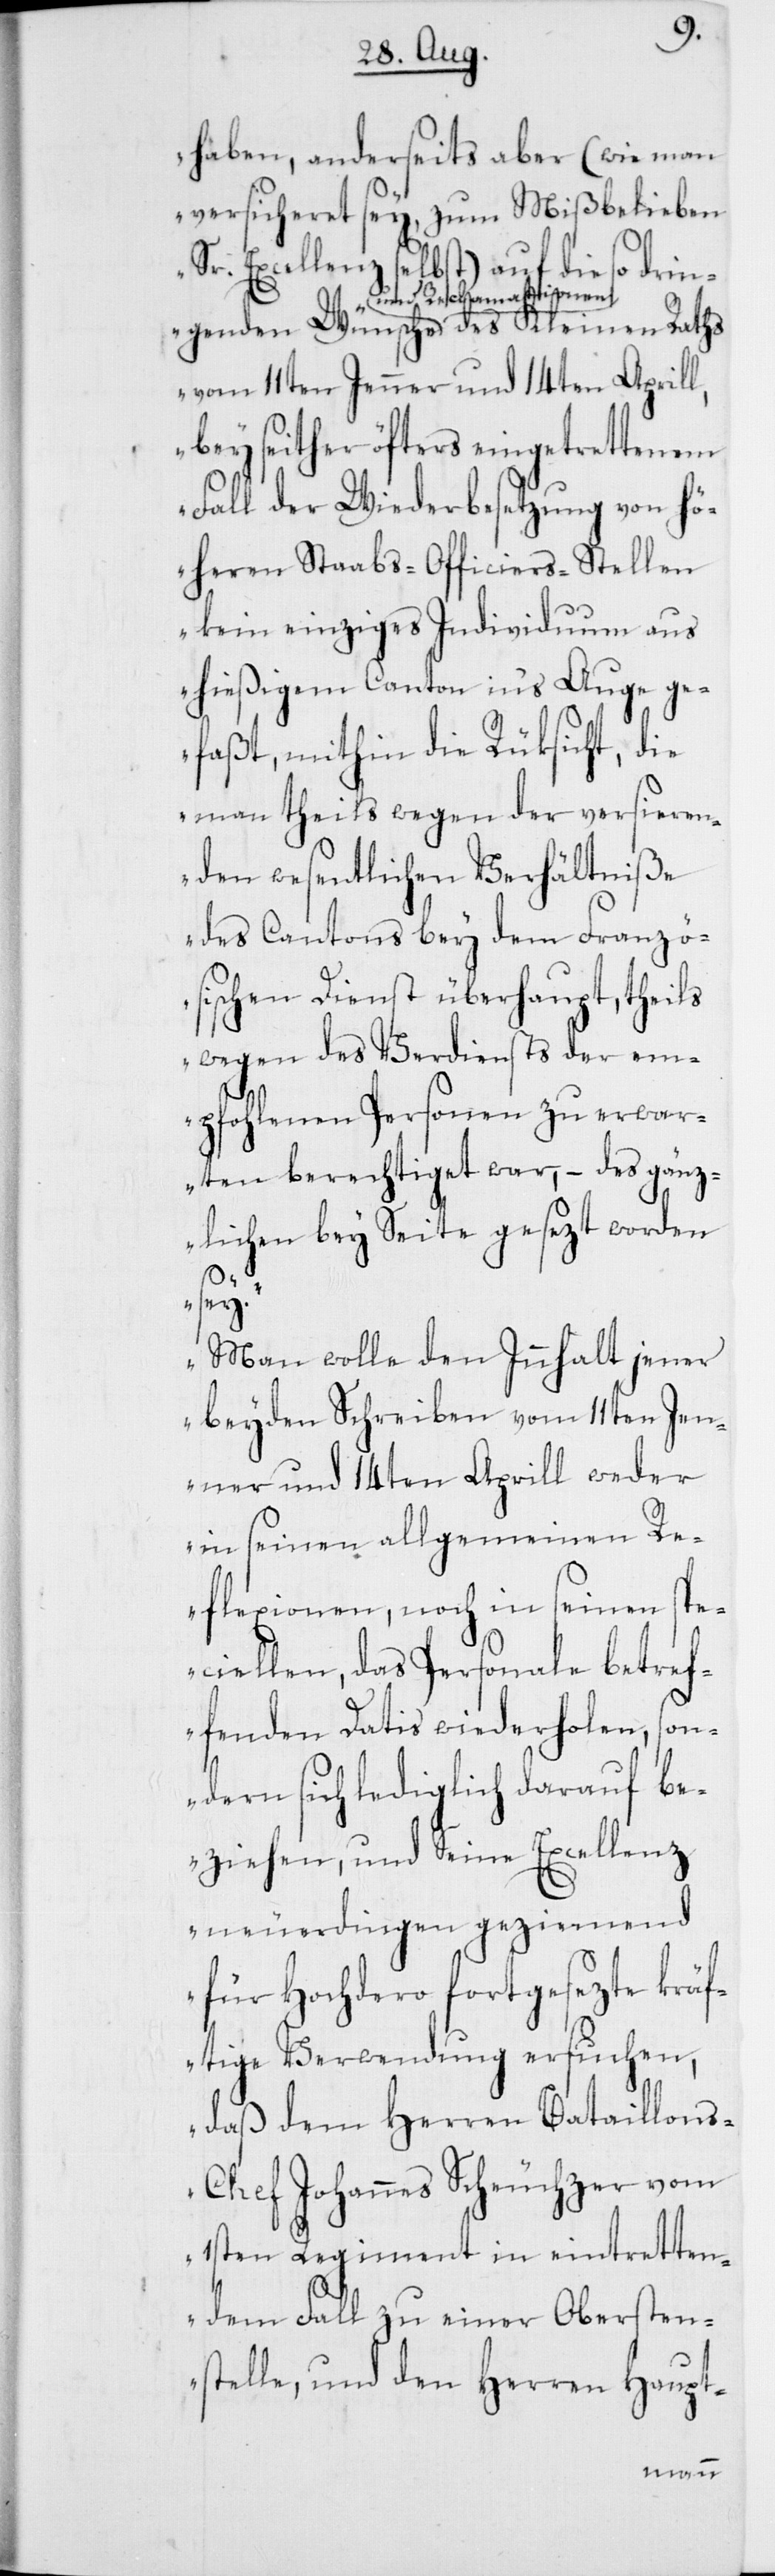
haben, anderseits aber (wie man
versicheret sey, zum Mißbelieben
Sr. Excellenz selbst) auf die so drin¬
und Reclamationen
vom 11ten Jenner und 14ten Aprill,
bey seither öfters eingetrettenem
Fall der Wiederbesetzung von hö¬
heren Stabs-Officiers-Stellen
kein einziges Individuum aus
hießigem Canton ins Auge ge¬
faßt, mithin die Rüksicht, die
man theils wegen der versieren¬
den wesentlichen Verhältniße
des Cantons bey dem Französ¬
ischen Dienst überhaupt, theils
wegen des Verdiensts der em¬
pfohlenen Personen zu erwar¬
ten berechtiget war, – des gänz¬
lichen bey Seite gesezt worden
sey.
Man wolle den Innhalt jener
beyden Schreiben vom 11ten Jen¬
ner und 14ten Aprill weder
in seinen allgemeinen Re¬
flexionen, noch in seinen spe¬
ciellen, das Personale betref¬
fenden Datis wiederholen, son¬
dern sich lediglich darauf be¬
ziehen, und Seine Excellenz
neuerdingen geziemend
für Hochdero fortgesezte kräf¬
tige Verwendung ersuchen,
daß dem Herren Bataillon¬
s-Chef Johannes Scheuchzer vom
1sten Regiment in eintretten¬
dem Fall zu einer Obersten¬
stelle, und den Herren Haupt-
genden